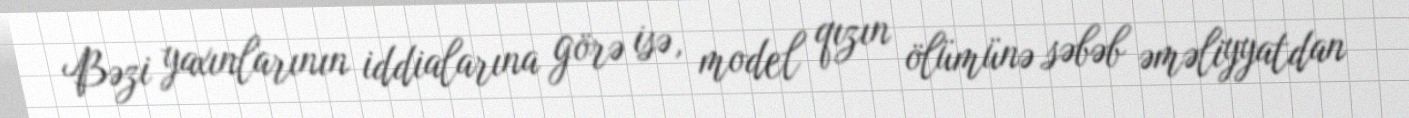
Bəzi yaxınlarının iddialarına görə isə, model qızın ölümünə səbəb əməliyyatdan